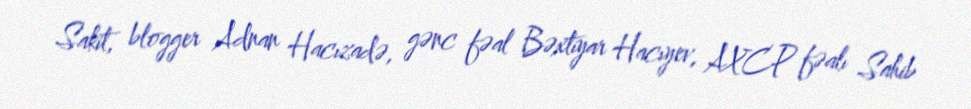
Sakit, blogger Adnan Hacızadə, gənc fəal Bəxtiyar Hacıyev, AXCP fəalı Sahib